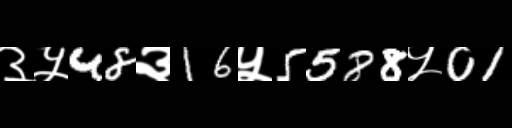
Text: ३५48३16५5588५01